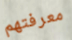
معرفتهم